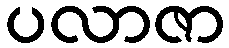
ပလာဇာ